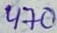
Text: 470